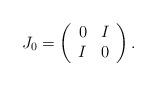
LaTeX: \begin{align*}J_0 = \left( \begin{array}{cc} 0 & I \\ I & 0 \end{array} \right).\end{align*}